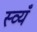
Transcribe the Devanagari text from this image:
स्व्यँ